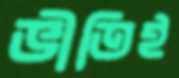
ভীতিই